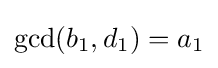
\gcd(b_{1},d_{1})=a_{1}